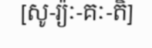
[សូ-រ្យ៉ៈ-គៈ-តិ]